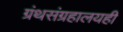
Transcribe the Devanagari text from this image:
ग्रंथसंग्रहालयही